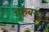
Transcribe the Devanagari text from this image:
गुरुबन्‍धु